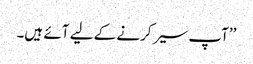
’’آپ سیر کرنے کے لیے آئے ہیں۔